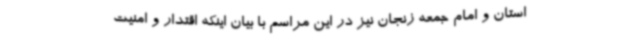
استان و امام جمعه زنجان نیز در این مراسم با بیان اینکه اقتدار و امنیت